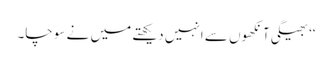
‘‘ بھیگی آنکھوں سے انہیں دیکھتے میں نے سوچا۔